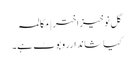
گل نوخیز اختر | مکالمہ
کیا شاندارروبوٹ ہے۔